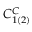
C _ { 1 ( 2 ) } ^ { C }